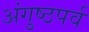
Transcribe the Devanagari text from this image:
अंगुष्ठपर्व